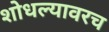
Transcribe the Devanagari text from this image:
शोधल्यावरच